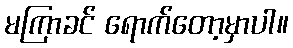
မကြာခင် ရောက်တော့မှာပါ။